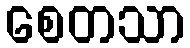
စေတသာ